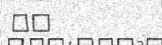
٢٣